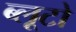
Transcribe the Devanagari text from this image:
ब्लूटो